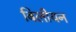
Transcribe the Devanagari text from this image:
बिलीयन